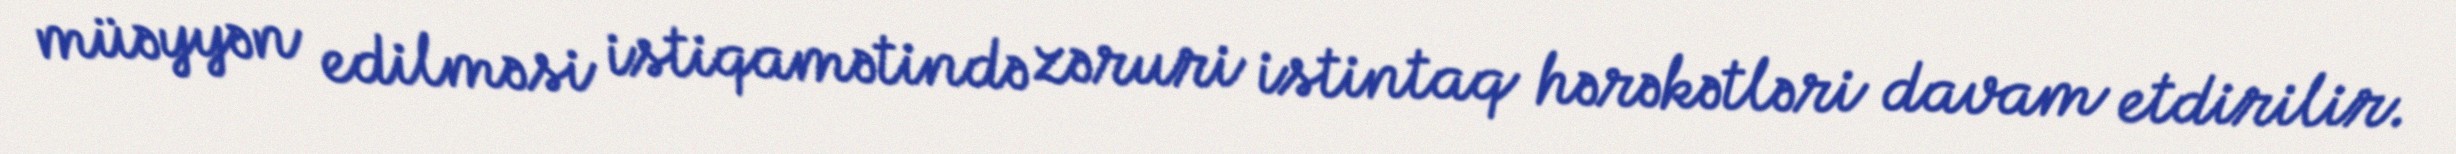
müəyyən edilməsi istiqamətində zəruri istintaq hərəkətləri davam etdirilir.